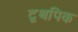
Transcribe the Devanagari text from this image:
टूथपिक